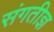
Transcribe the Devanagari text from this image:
संगतीज्ञ